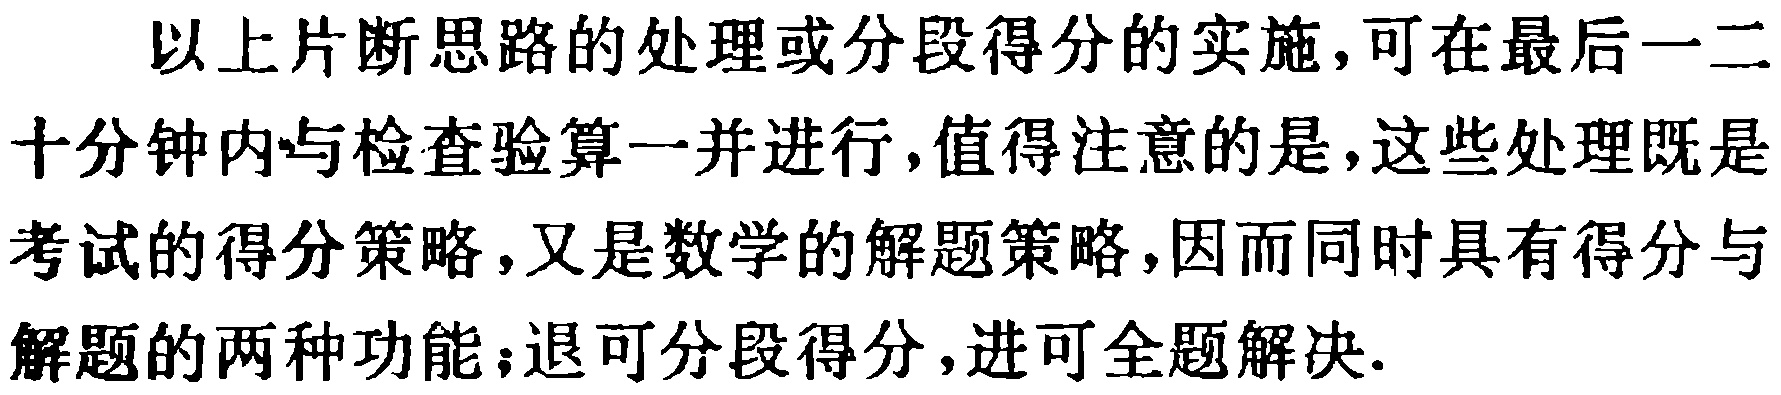
以上片断思路的处理或分段得分的实施，可在最后一二十分钟内与检查验算一并进行，值得注意的是，这些处理既是考试的得分策略，又是数学的解题策略，因而同时具有得分与解题的两种功能；退可分段得分，进可全题解决.